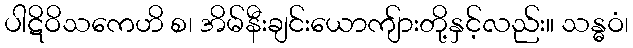
ပါဋိဝိသကေဟိ စ၊ အိမ်နီးချင်းယောကျ်ားတို့နှင့်လည်း။ သန္ဓဝံ၊